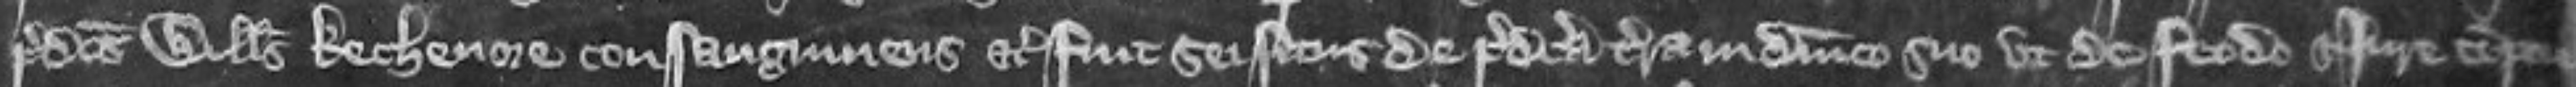
predictus Willelmus Kechenore consanguineus etc fuit seisitus de predicta terra in dominico suo ut de feodo et jure tempore